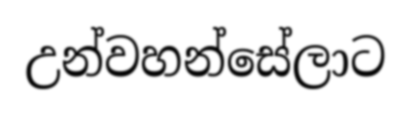
උන්වහන්සේලාට